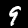
Digit: 9